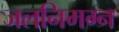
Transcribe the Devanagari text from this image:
जलनिमग्न